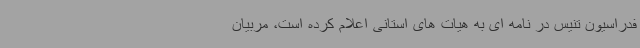
فدراسیون تنیس در نامه ای به هیات های استانی اعلام کرده است، مربیان